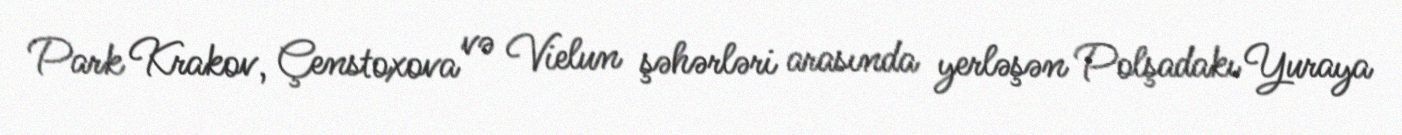
Park Krakov, Çenstoxova və Vielun şəhərləri arasında yerləşən Polşadakı Yuraya